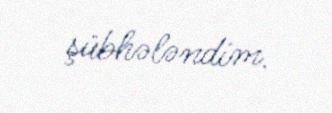
şübhələndim.